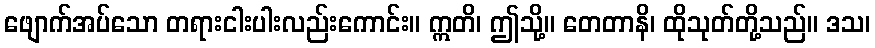
ဖျောက်အပ်သော တရားငါးပါးလည်းကောင်း။ ဣတိ၊ ဤသို့။ တေတာနိ၊ ထိုသုတ်တို့သည်။ ဒသ၊